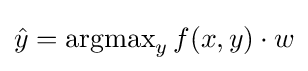
{\hat {y}}=\operatorname {argmax} _{y}f(x,y)\cdot w